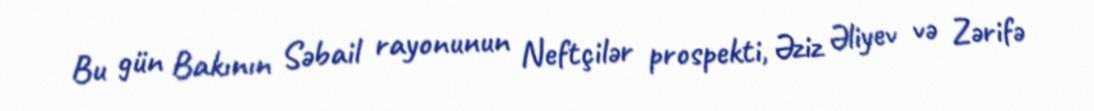
Bu gün Bakının Səbail rayonunun Neftçilər prospekti, Əziz Əliyev və Zərifə